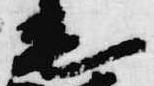
毛